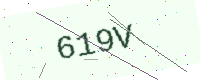
Text: 619V